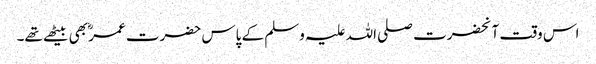
اس وقت آنحضرت صلی اللہ علیہ وسلم کے پاس حضرت عمرؓ بھی بیٹھے تھے۔